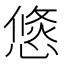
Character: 𢞣